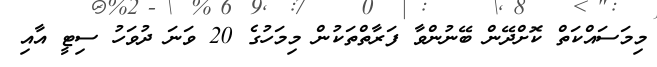
މިމަސައްކަތް ކޮށްދޭން ބޭނުންވާ ފަރާތްތަކުން މިމަހުގެ 20 ވަނަ ދުވަހު ސިޓީ އާއި